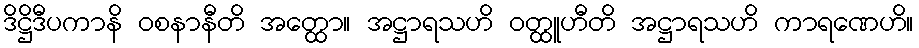
ဒိဋ္ဌိဒီပကာနိ ဝစနာနီတိ အတ္ထော။ အဋ္ဌာရသဟိ ဝတ္ထူဟီတိ အဋ္ဌာရသဟိ ကာရဏေဟိ။